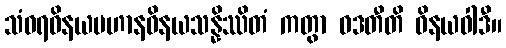
သံဝရဝိနယပဟာနဝိနယသန္နိဿိတံ ကတွာ ဝဒတီတိ ဝိနယဝါဒီ။